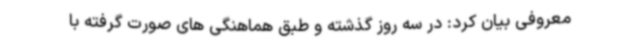
معروفی بیان کرد: در سه روز گذشته و طبق هماهنگی های صورت گرفته با